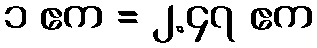
၁ ဧက = ၂.၄၇ ဧက